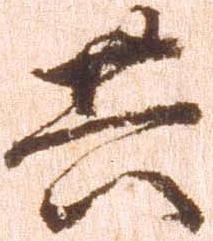
共